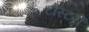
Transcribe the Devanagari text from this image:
टोस्टरों